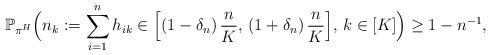
LaTeX: \begin{align*}\mathbb P_{\pi^H}\Big( n_k:=\sum_{i=1}^n h_{ik} \in \Big[(1-\delta_n)\,\frac{n}{K},\, (1+\delta_n)\,\frac{n}{K}\Big],\, k\in[K]\Big) \geq 1-n^{-1},\end{align*}